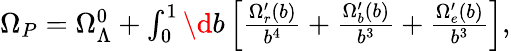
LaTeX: \begin{array}{r}{\Omega_{P}=\Omega_{\Lambda}^{0}+\int_{0}^{1}\d b\left[\frac{\Omega_{r}^{\prime}(b)}{b^{4}}+\frac{\Omega_{b}^{\prime}(b)}{b^{3}}+\frac{\Omega_{e}^{\prime}(b)}{b^{3}}\right],}\end{array}